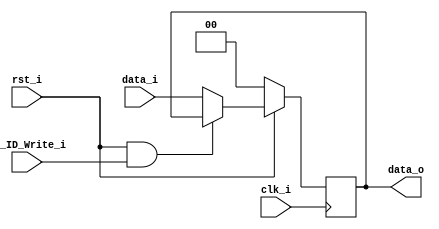
//Subject:     CO project 4 - Pipe Register
//--------------------------------------------------------------------------------
//Version:     1
//--------------------------------------------------------------------------------
//Writer: w 0111279
//--------------------------------------------------------------------------------
//Date:        
//--------------------------------------------------------------------------------
//Description: 
//--------------------------------------------------------------------------------
module Pipe_Reg_spec(
               clk_i,
					rst_i,
					IF_ID_Write_i,
					data_i,
					data_o
					);
					
parameter size = 0;

input          clk_i;		  
input				rst_i;
input				IF_ID_Write_i;
input      [size-1: 0] data_i;
output reg [size-1: 0] data_o;
	  
always @(posedge clk_i) begin
    if(~rst_i)
        data_o <= 0;
	 else if(rst_i && IF_ID_Write_i) //if IF_ID_Write_i signal is 1, output the same data as last clock cycle 
        data_o <= data_o;
    else
        data_o <= data_i;
end

endmodule